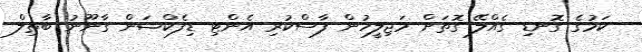
ކަމުގެ ގޮނޑި ގެއްލޭ ގޮތަށް މަޖިލީހުން ފާސްކުރި އެންޓި ޑިފެކްޝަން ގާނޫނު ބާތިލް